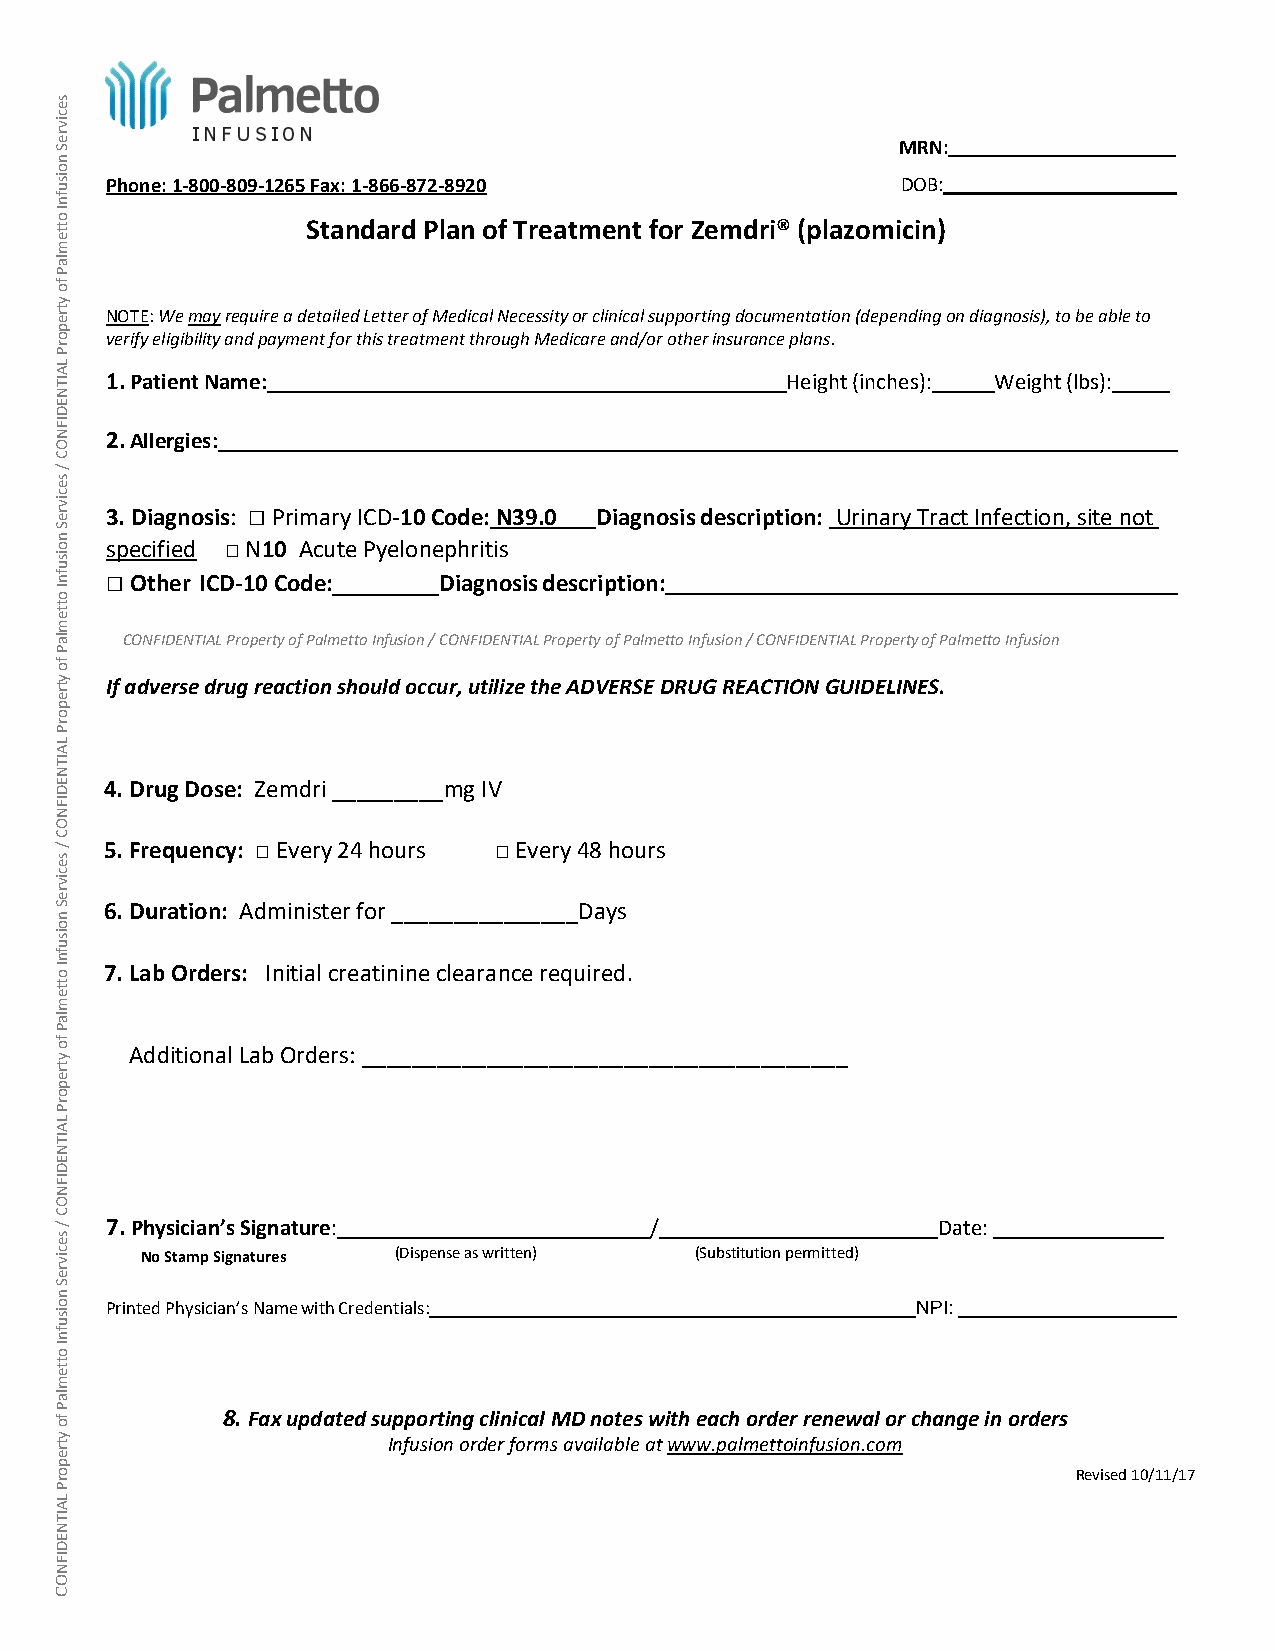
MRN:
 Phone: 1‐800‐809‐1265 Fax: 1 ‐866‐872‐8920           DOB:
 Standard Plan of Treatment for Zemdri® (plazomicin)
 NOTE: We may require a detailed Letter of Medical Necessity or clinical supporting documentation (depending on diagnosis), to be able to
 verify eligibility and payment for this treatment through Medicare and/or other insurance plans.
 1. Patient Name:                             Height (inches): Weight (lbs):
 2. Allergies:
 3. Diagnosis: □ Primary ICD‐10 Code: N39.0 Diagnosis description: Urinary Tract Infection, site not
 specified □ N10 Acut e Pyelonephritis
 □ Other ICD‐10 Code:  Diagnosis description:
 CONFIDENTIAL Property of Palmetto Infusion / CONFIDENTIAL Property of Palmetto Infusion / CONFIDENTIAL Property of Palmetto Infusion
 If adver se drug rea ction shou ld occur, uti liz e the ADVERS E DRUG RE ACTIO N GUIDELINES.
 4. Drug Dose: Zemdri _________mg IV
 5. Frequency: □ Every 24 hours □ Every 48 hours
 6. Duration: Administer for _______________Days
 7. Lab Orders: Initial creatinine clearance required.
 Additional Lab Orders: _______________________________________
 7. Physician’s Signature:           /                  Date:
 No Stamp Signatures (Dispense as written) (Substitution permitted)
 Printed Physician’s Name with Credentials:            NPI:
 8. Fax updated supporting clinical MD notes with each order renewal or change in orders
 Infusion order forms available at www.palmettoinfusion.com
 Revised 10/11/17
 secivreS
 noisufnI
 ottemlaP
 fo
 ytreporP
 LAITNEDIFNOC
 /
 secivreS
 noisufnI
 ottemlaP
 fo
 ytreporP
 LAITNEDIFNOC
 /
 secivreS
 noisufnI
 ottemlaP
 fo
 ytreporP
 LAITNEDIFNOC
 /
 secivreS
 noisufnI
 ottemlaP
 fo
 ytreporP
 LAITNEDIFNOC